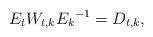
LaTeX: \begin{align*}E_t W_{t,k} {E_k}^{-1} = D_{t,k},\end{align*}